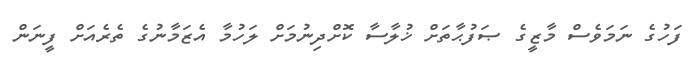
ފަހުގެ ނަމަވެސް މާޒީގެ ޞަފުޙާތަށް ޚުލާސާ ކޮށްދިނުމަށް ލަހުމާ އެޒަމާނުގެ ތެރެއަށް ފީނަން